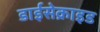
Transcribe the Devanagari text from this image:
डाईसेक्राइड